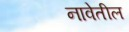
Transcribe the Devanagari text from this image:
नावेतील